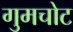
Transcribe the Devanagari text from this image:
गुमचोट